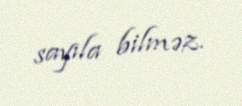
sayıla bilməz.